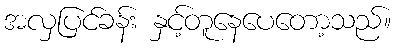
အလှပြင်ခန်း နှင့်တူနေပေတော့သည်။